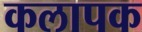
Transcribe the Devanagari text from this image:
कलापक